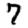
Digit: 7